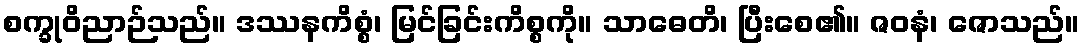
စက္ခုဝိညာဉ်သည်။ ဒဿနကိစ္စံ၊ မြင်ခြင်းကိစ္စကို။ သာဓေတိ၊ ပြီးစေ၏။ ဇဝနံ၊ ဇောသည်။